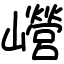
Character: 巆